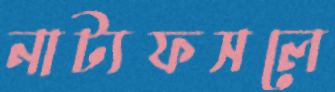
নাট্যফসলে